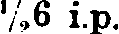
½6 i.p.